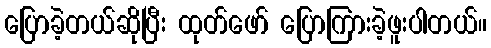
ပြောခဲ့တယ်ဆိုပြီး ထုတ်ဖော် ပြောကြားခဲ့ဖူးပါတယ်။